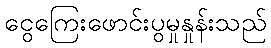
ငွေကြေးဖောင်းပွမှုနှုန်းသည်